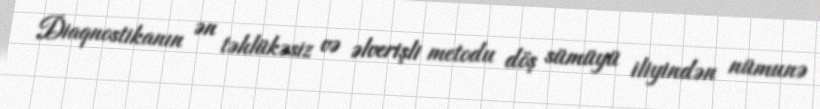
Diaqnostikanın ən təhlükəsiz və əlverişli metodu döş sümüyü iliyindən nümunə